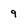
Character: 9